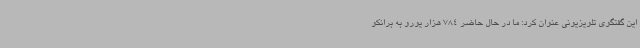
این گفتگوی تلویزیونی عنوان کرد: ما در حال حاضر 784 هزار یورو به برانکو